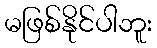
မဖြစ်နိုင်ပါဘူး